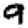
Digit: 9